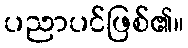
ပညာပင်ဖြစ်၏။